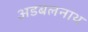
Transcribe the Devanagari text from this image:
अडबलनाथ